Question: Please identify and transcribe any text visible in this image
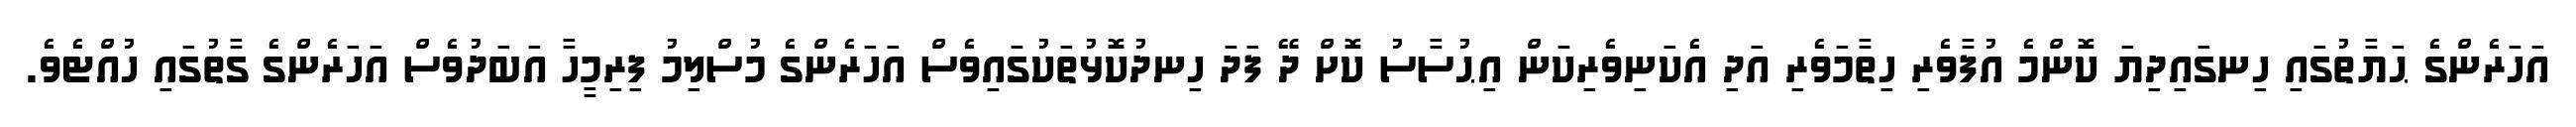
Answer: އަހަރެންގެ ޙަޔާތުގައި ހިނގައިދިޔަ ކޮންމެ އުފާވެރި ހިތާމަވެރި އަދި އެކަނިވެރިކަން އިޙުސާސު ކޮށް ދޭ ފަދަ ހިނދުކޮޅުތަކުގައިވެސް އަހަރެންގެ މުސްލިމު ފިރިމީހާ އަބަދުވެސް އަހަރެންގެ ގާތުގައި ހުއްޓެވެ.